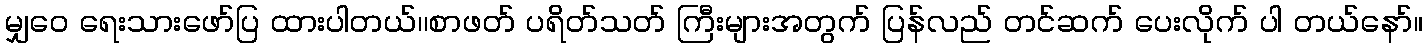
မျှဝေ ရေးသားဖော်ပြ ထားပါတယ်၊၊စာဖတ် ပရိတ်သတ် ကြီးများအတွက် ပြန်လည် တင်ဆက် ပေးလိုက် ပါ တယ်နော်။